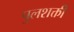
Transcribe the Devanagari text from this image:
पुलशक्ती